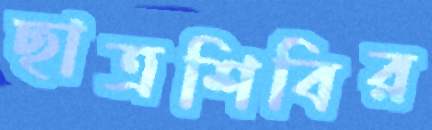
ছাত্রশিবির